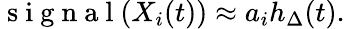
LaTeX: \mathrm{~s~i~g~n~a~l~}(X_{i}(t))\approx a_{i}h_{\Delta}(t).